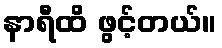
နာရီထိ ဖွင့်တယ်။